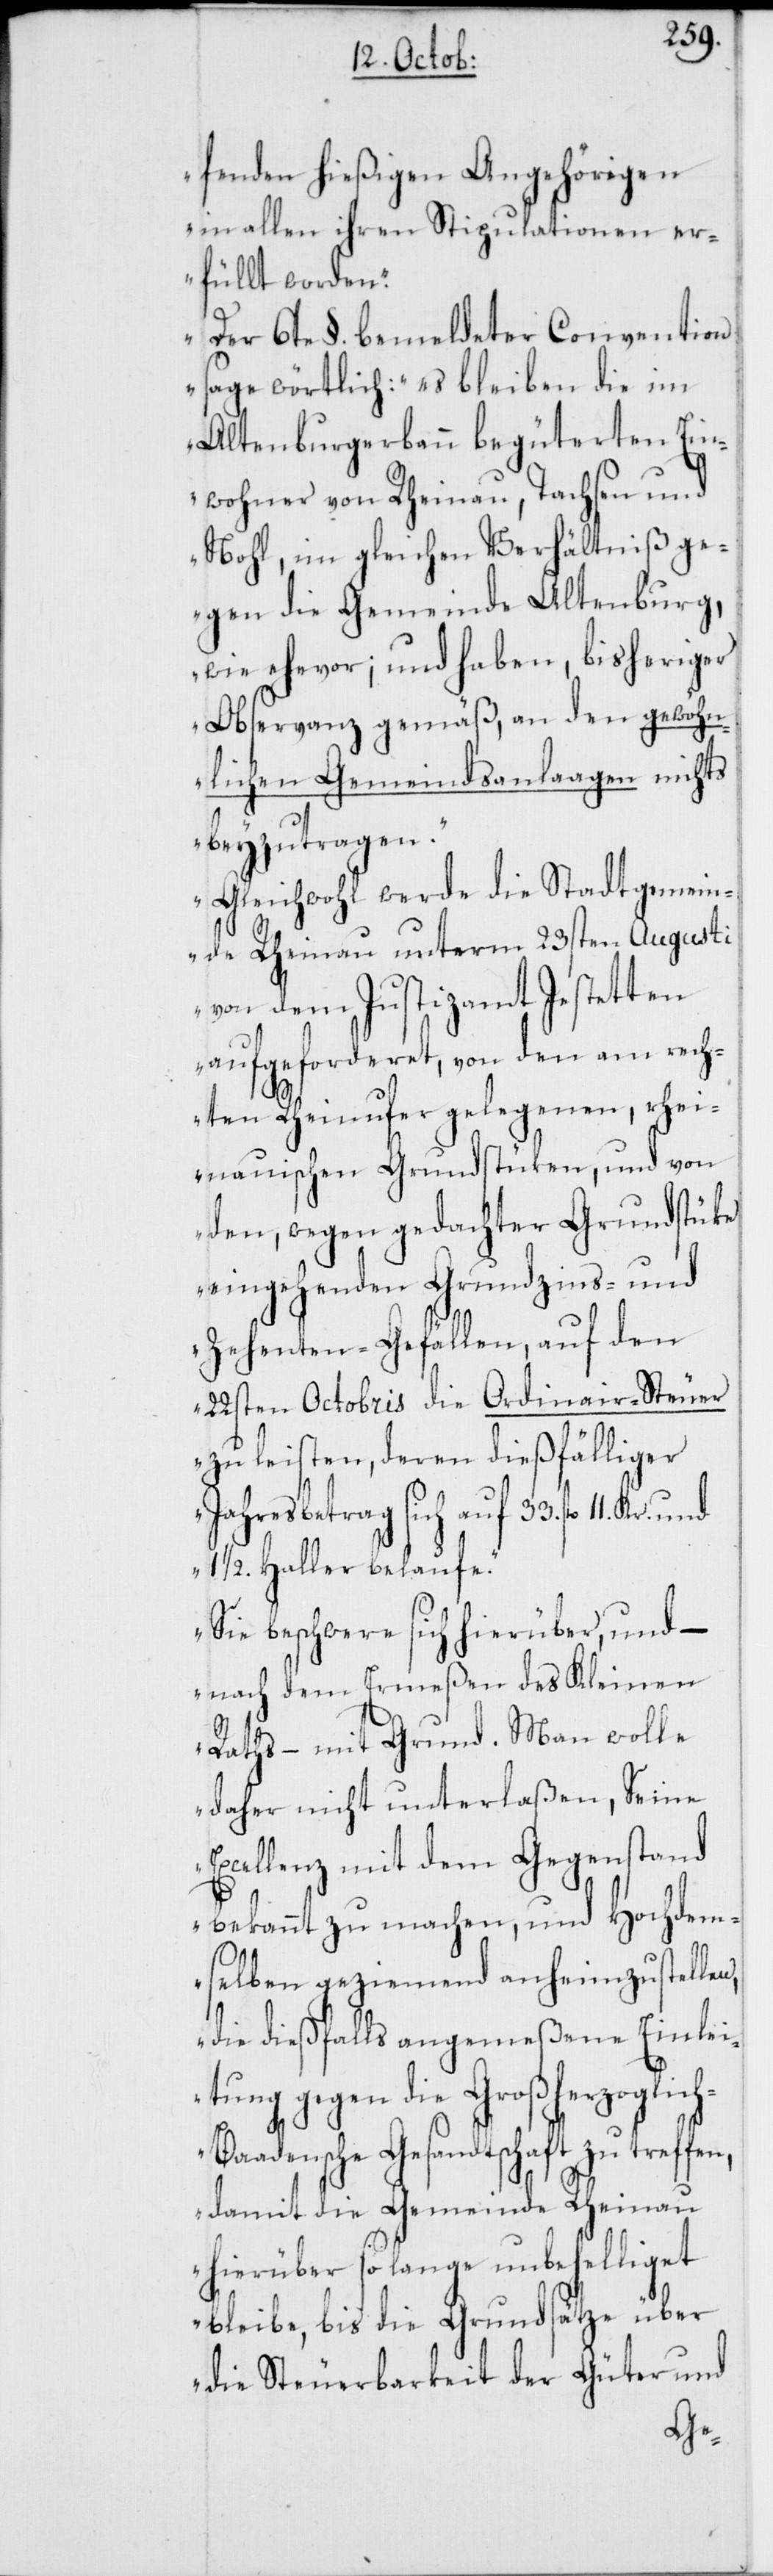
fenden hießigen Angehörigen
in allen ihren Stipulationen er¬
füllt worden.
Der 6te §. bemeldter Convention
sage wörtlich: es bleiben die im
Altenburgerbann begüterten Ein¬
wohner von Rheinau, Dachsen und
Nohl, im gleichen Verhältniß ge¬
gen die Gemeinde Altenburg,
wie ehevor; und haben, bisheriger
Observanz gemäß, an den gewöhn¬
lichen Gemeindsanlaagen nichts
beyzutragen.
Gleichwohl werde die Stadtgemein¬
de Rheinau unterm 23sten Augusti
von dem Justizamt Jestetten
aufgeforderet, von den am rech¬
ten Rheinufer gelegenen, rhei¬
nauischen Grundstüken, und von
den, wegen gedachter Grundstüke
eingehenden Grundzins-und
Zehenten-Gefällen, auf den
22sten Octobris die Ordinair-Steuer
zu leisten, deren dießfälliger
Jahresbetrag sich auf 33. fl. 11. Kr.
11/2. Haller belaufe.
Sie beschwere sich hierüber, und –
nach dem Ermeßen des Kleinen
Raths, – mit Grund. Man wolle
daher nicht unterlaßen, Seine
Excellenz mit dem Gegenstand
bekannt zu machen, und Hochdem¬
selben geziemend anheimzustellen,
die dießfalls angemeßene Einlei¬
tung gegen die Großherzoglic¬
aadensche Gesandtschaft zu treffen,
damit die Gemeinde Rheinau
hierüber so lange unbehelliget
bleibe, bis die Grundsätze über
die Steuerbarkeit der Güter und
h-B¬